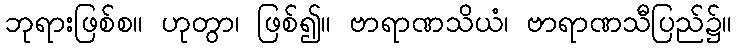
ဘုရားဖြစ်စ။ ဟုတွာ၊ ဖြစ်၍။ ဗာရာဏသိယံ၊ ဗာရာဏသီပြည်၌။